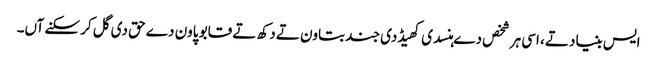
ایس بنیاد تے، اسی ہر شخص دے ہنسدی کھیڈدی جند بتاون تے دکھ تے قابو پاون دے حق دی گل کر سکنے آں۔